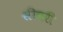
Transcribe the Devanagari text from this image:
सीबरी